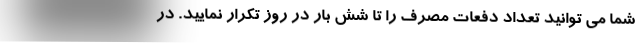
شما می توانید تعداد دفعات مصرف را تا شش بار در روز تکرار نمایید. در